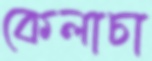
কেলাচা